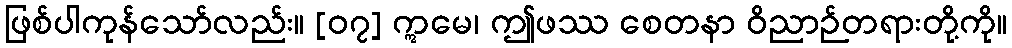
ဖြစ်ပါကုန်သော်လည်း။ [၀၇] ဣမေ၊ ဤဖဿ စေတနာ ဝိညာဉ်တရားတို့ကို။